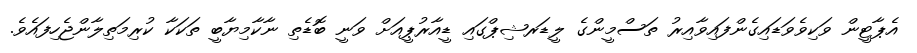
އެޕާޓީން ވަކިވެވަޑައިގެންފައިވާއިރު ތަސްމީންގެ ލީޑަރޝިޕްގައި ޑީއާރުޕީއަށް ވަނީ ބޮޑެތި ނާކާމިޔާބީ ތަކަކާ ކުރިމަތިލާންޖެހިފައެވެ.